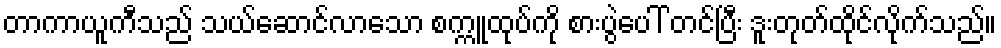
တာကာယူကီသည် သယ်ဆောင်လာသော စက္ကူထုပ်ကို စားပွဲပေါ် တင်ပြီး ဒူးတုတ်ထိုင်လိုက်သည်။